Punjab Mental Hospital Lahore 1922-31 - 1922-1931
Year: 1922
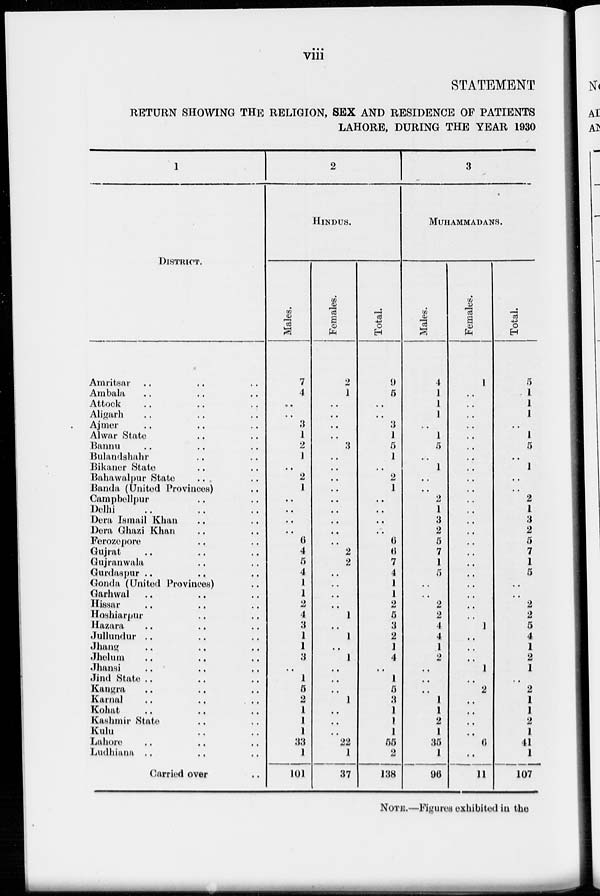
viii
STATEMENT
RETURN SHOWING THE RELIGION, SEX AND RESIDENCE OF PATIENTS
LAHORE, DURING THE YEAR 1980
1
DISTRICT.
Amritsar .. .. ..
Ambala .. .. ..
Attock .. .. ..
Aligarh .. .. ..
Ajmer .. .. ..
Alwar State .. .. ..
Bannu .. .. ..
Bulandshahr .. ..
Bikaner State .. ..
Bahawalpur State .. ..
Banda (United Provinces) ..
Campbellpur .. ..
Delhi .. .. ..
Dera Ismail Khan .. ..
Dera Ghazi Khan .. ..
Ferozepore .. ..
Gujrat .. .. ..
Gujranwala .. ..
Gurdaspur ..
..
..
Gonda (United Provinces) ..
Garhwal .. .. ..
Hissar
..
..
..
Hoshiarpur .. ..
Hazara .. .. ..
Jullundur .. .. ..
Jhang
..
..
..
Jhelum .. .. ..
Jhansi
..
.. ..
Jind State .. .. ..
Kangra .. .. ..
Karnal
..
..
...
Kohat
..
..
..
Kashmir State .. ..
Kulu .. .. ..
Lahore .. .. ..
Ludhiana .. .. ..
Carried over ..
2
HINDUS.
Males.
7
4
..
..
3
1
2
1
..
2
1
..
..
..
..
6
4
5
4
1
1
2
4
3
1
1
3
..
1
5
2
1
1
1
33
1
101
Females.
2
1
..
..
..
..
3
..
..
..
..
..
..
..
..
..
2
2
..
..
..
..
1
..
1
..
1
..
..
..
1
..
..
..
22
1
37
Total.
9
5
..
..
3
1
5
1
..
2
1
..
..
..
..
6
6
7
4
1
1
2
5
3
2
1
4
..
1
5
3
1
1
1
55
2
138
3
MUHAMMADANS.
Males.
4
1
1
1
..
1
5
..
1
..
..
2
1
3
2
5
7
1
5
..
..
2
2
4
4
1
2
..
..
..
1
1
2
1
35
1
96
Females.
1
..
..
..
..
..
..
..
..
..
..
..
..
..
..
..
..
..
..
..
..
..
..
1
..
..
..
1
..
2
..
..
..
..
6
..
11
Total.
5
1
1
1
..
1
5
..
1
..
..
2
1
3
2
5
7
1
5
..
..
2
2
5
4
1
2
1
..
2
1
1
2
1
41
1
107
NOTE.—Figures exhibited in the